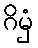
ဂိမှံ